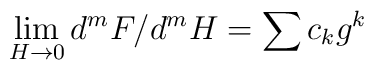
\lim_{H\rightarrow 0} d^{m}F/d^{m}H = \sum c_{k}g^{k}